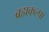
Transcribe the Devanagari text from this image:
ब्रह्मकल्पा